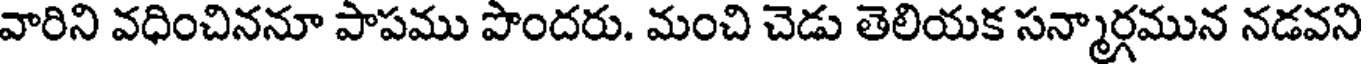
వారిని వధించిననూ పాపము పొందరు. మంచి చెడు తెలియక సన్మార్గమున నడవని